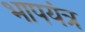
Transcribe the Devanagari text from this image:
भापयंत्र